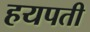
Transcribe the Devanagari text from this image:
हयपती